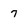
Character: 7